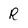
Character: R